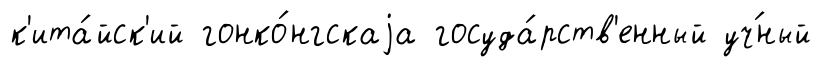
к'ита́йск'ий гонко́нгскаjа госуда́рств'енный уч́ный